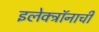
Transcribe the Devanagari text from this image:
इलेक्ट्रॉनाची